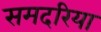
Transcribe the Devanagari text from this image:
समदरिया